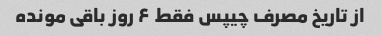
از تاریخ مصرف چیپس فقط ۶ روز باقی مونده